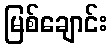
မြစ်ချောင်း